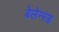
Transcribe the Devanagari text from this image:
बेलेन्स्ड